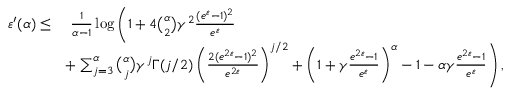
\begin{array} { r l } { \varepsilon ^ { \prime } ( \alpha ) \leq } & { \ \frac { 1 } { \alpha - 1 } \log \left( 1 + 4 \binom { \alpha } { 2 } \gamma ^ { 2 } \frac { ( e ^ { \varepsilon } - 1 ) ^ { 2 } } { e ^ { \varepsilon } } \right. } \\ & { + \left. \sum _ { j = 3 } ^ { \alpha } \binom { \alpha } { j } \gamma ^ { j } \Gamma ( j / 2 ) \left( \frac { 2 ( e ^ { 2 \varepsilon } - 1 ) ^ { 2 } } { e ^ { 2 \varepsilon } } \right) ^ { j / 2 } + \left( 1 + \gamma \frac { e ^ { 2 \varepsilon } - 1 } { e ^ { \varepsilon } } \right) ^ { \alpha } - 1 - \alpha \gamma \frac { e ^ { 2 \varepsilon } - 1 } { e ^ { \varepsilon } } \right) , } \end{array}